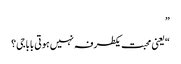
”
“یعنی محبت یکطرفہ نہیں ہوتی باباجی؟